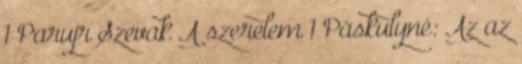
1 Parujr Szevak A szerelem 1 Páskulyné: Az az